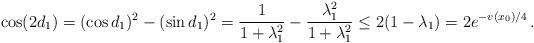
LaTeX: \begin{align*} \cos(2d_1)=(\cos d_1)^2-(\sin d_1)^2=\frac{1}{1+\lambda_1^2}-\frac{\lambda_1^2}{1+\lambda_1^2}\leq 2(1-\lambda_1)=2 e^{-v(x_0)/4}\,.\end{align*}